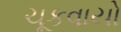
ચૂકવાયો